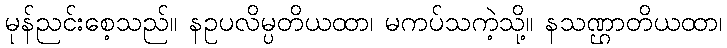
မုန်ညင်းစေ့သည်။ နဥပလိမ္ပတိယထာ၊ မကပ်သကဲ့သို့။ နသဏ္ဌာတိယထာ၊